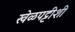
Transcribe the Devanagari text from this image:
खेळपट्टीशी